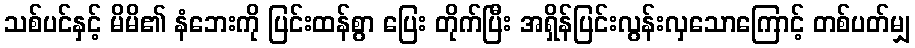
သစ်ပင်နှင့် မိမိ၏ နံဘေးကို ပြင်းထန်စွာ ပြေး တိုက်ပြီး အရှိန်ပြင်းလွန်းလှသောကြောင့် တစ်ပတ်မျှ